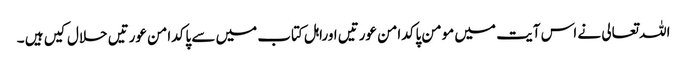
اللہ تعالی نے اس آیت میں مومن پاکدامن عورتیں اوراہل کتاب میں سے پاکدامن عورتیں حلال کیں ہیں ۔